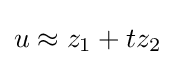
u\approx z_{1}+tz_{2}